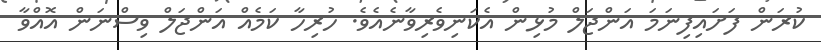
ކުރަން ފަށައިފިނަމަ އަންޖަލް މުޅިން އެކަނިވެރިވާނެއެވެ. ހުރިހާ ކަމެއް އަންޖަލް ވިސްނަން އޮއްވާ